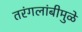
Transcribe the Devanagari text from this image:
तरंगलांबीमुळे